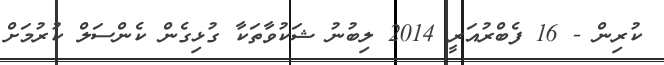
ކުރިން - 16 ފެބްރުއަރީ 2014 ލިބުނު ޝަކުވާތަކާ ގުޅިގެން ކެންސަލް ކުރުމަށް